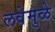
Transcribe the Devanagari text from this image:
लवेमुळे